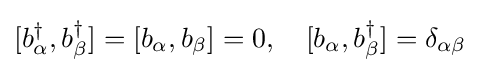
[b_{\alpha }^{\dagger },b_{\beta }^{\dagger }]=[b_{\alpha },b_{\beta }]=0,\quad [b_{\alpha },b_{\beta }^{\dagger }]=\delta _{\alpha \beta }